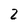
Character: 2